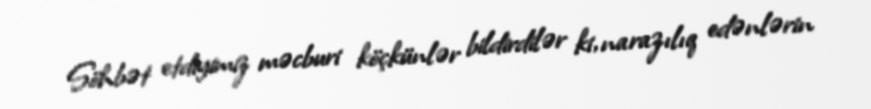
Söhbət etdiyimiz məcburi köçkünlər bildirdilər ki, narazılıq edənlərin